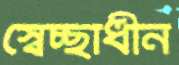
স্বেচ্ছাধীন